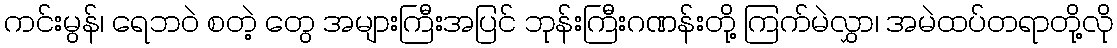
ကင်းမွန်၊ ရေဘဝဲ စတဲ့ တွေ အများကြီးအပြင် ဘုန်းကြီးဂဏန်းတို့ ကြက်မဲလွှာ၊ အမဲထပ်တရာတို့လို